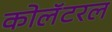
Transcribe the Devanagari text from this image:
कोलॅटरल